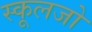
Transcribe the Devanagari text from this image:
स्कूलजो